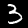
Label: 3